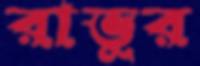
রাভুর